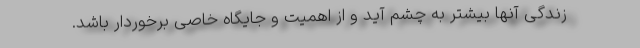
زندگی آنها بیشتر به چشم آید و از اهمیت و جایگاه خاصی برخوردار باشد.